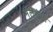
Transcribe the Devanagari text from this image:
मॅलॅगॅसी